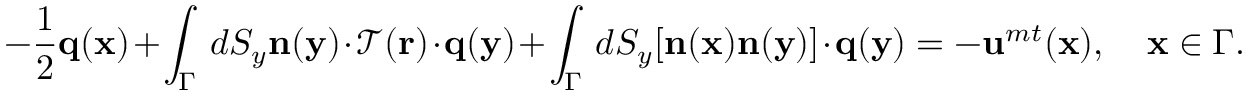
- \frac { 1 } { 2 } \mathbf { q } ( \mathbf { x } ) + \int _ { \Gamma } \, d S _ { y } \mathbf { n } ( \mathbf { y } ) \cdot \mathcal { T } ( \mathbf { r } ) \cdot \mathbf { q } ( \mathbf { y } ) + \int _ { \Gamma } \, d S _ { y } [ \mathbf { n } ( \mathbf { x } ) \mathbf { n } ( \mathbf { y } ) ] \cdot \mathbf { q } ( \mathbf { y } ) = - \mathbf { u } ^ { m t } ( \mathbf { x } ) , ~ ~ ~ ~ \mathbf { x } \in \Gamma .